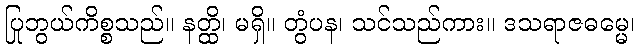
ပြုဘွယ်ကိစ္စသည်။ နတ္ထိ၊ မရှိ။ တွံပန၊ သင်သည်ကား။ ဒသရာဇဓမ္မေ၊